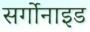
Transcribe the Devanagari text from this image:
सर्गोनाइड